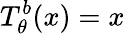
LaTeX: T_{\theta}^{b}(x)=x